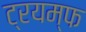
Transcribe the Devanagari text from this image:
ट्रयम्फ